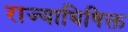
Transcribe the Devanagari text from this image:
राज्याभिषिक्त